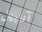
آنابيل